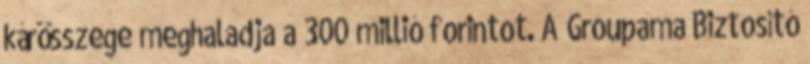
kárösszege meghaladja a 300 millió forintot. A Groupama Biztosító